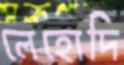
লেহোদি